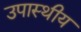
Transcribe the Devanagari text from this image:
उपास्थीय